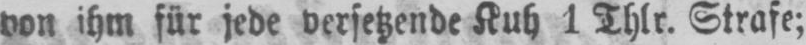
von ihm für jede versetzende Kuh 1 Thlr. Strafe;